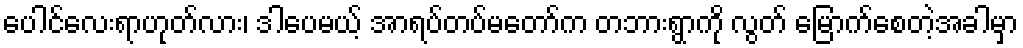
ပေါင်လေးရာဟုတ်လား၊ ဒါပေမယ့် အာရပ်တပ်မတော်က တဘားရွာကို လွတ် မြောက်စေတဲ့အခါမှာ